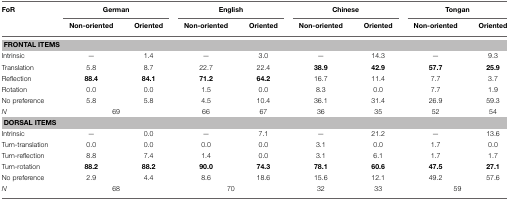
<table><thead><tr><td><b>FoR</b></td><td colspan="2"><b>German</b></td><td colspan="2"><b>English</b></td><td colspan="2"><b>Chinese</b></td><td colspan="2"><b>Tongan</b></td></tr><tr><td></td><td><b>Non-oriented</b></td><td><b>Oriented</b></td><td><b>Non-oriented</b></td><td><b>Oriented</b></td><td><b>Non-oriented</b></td><td><b>Oriented</b></td><td><b>Non-oriented</b></td><td><b>Oriented</b></td></tr></thead><tbody><tr><td colspan="9"><b>FRONTAL ITEMS</b></td></tr><tr><td>Intrinsic</td><td>—</td><td>1.4</td><td>—</td><td>3.0</td><td>—</td><td>14.3</td><td>—</td><td>9.3</td></tr><tr><td>Translation</td><td>5.8</td><td>8.7</td><td>22.7</td><td>22.4</td><td><b>38.9</b></td><td><b>42.9</b></td><td><b>57.7</b></td><td><b>25.9</b></td></tr><tr><td>Reflection</td><td><b>88.4</b></td><td><b>84.1</b></td><td><b>71.2</b></td><td><b>64.2</b></td><td>16.7</td><td>11.4</td><td>7.7</td><td>3.7</td></tr><tr><td>Rotation</td><td>0.0</td><td>0.0</td><td>1.5</td><td>0.0</td><td>8.3</td><td>0.0</td><td>7.7</td><td>1.9</td></tr><tr><td>No preference</td><td>5.8</td><td>5.8</td><td>4.5</td><td>10.4</td><td>36.1</td><td>31.4</td><td>26.9</td><td>59.3</td></tr><tr><td><i>N</i></td><td colspan="2">69</td><td>66</td><td>67</td><td>36</td><td>35</td><td>52</td><td>54</td></tr><tr><td colspan="9"><b>DORSAL ITEMS</b></td></tr><tr><td>Intrinsic</td><td>—</td><td>0.0</td><td>—</td><td>7.1</td><td>—</td><td>21.2</td><td>—</td><td>13.6</td></tr><tr><td>Turn-translation</td><td>0.0</td><td>0.0</td><td>0.0</td><td>0.0</td><td>3.1</td><td>0.0</td><td>1.7</td><td>0.0</td></tr><tr><td>Turn-reflection</td><td>8.8</td><td>7.4</td><td>1.4</td><td>0.0</td><td>3.1</td><td>6.1</td><td>1.7</td><td>1.7</td></tr><tr><td>Turn-rotation</td><td><b>88.2</b></td><td><b>88.2</b></td><td><b>90.0</b></td><td><b>74.3</b></td><td><b>78.1</b></td><td><b>60.6</b></td><td><b>47.5</b></td><td><b>27.1</b></td></tr><tr><td>No preference</td><td>2.9</td><td>4.4</td><td>8.6</td><td>18.6</td><td>15.6</td><td>12.1</td><td>49.2</td><td>57.6</td></tr><tr><td><i>N</i></td><td colspan="2">68</td><td colspan="2">70</td><td>32</td><td>33</td><td colspan="2">59</td></tr></tbody></table>